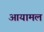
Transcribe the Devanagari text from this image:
आयामल